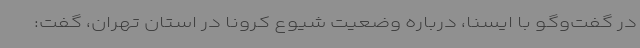
در گفت‌وگو با ایسنا، درباره وضعیت شیوع کرونا در استان تهران، گفت: